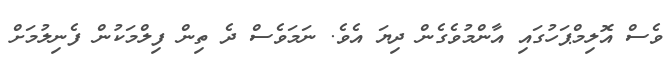
ވެސް އޮލިމްޕަހުގައި އާންމުވެގެން ދިޔަ އެވެ. ނަމަވެސް ދެ ތިން ފިލްމަކުން ފެނިލުމަށް